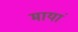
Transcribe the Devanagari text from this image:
मायां